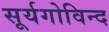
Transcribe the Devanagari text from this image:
सूर्यगोविन्द